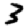
Digit: 3